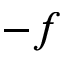
- \v { f }